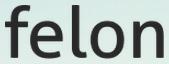
felon